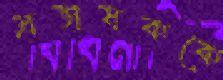
প্রভাষককে